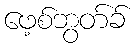
ဖေ့စ်ဘွတ်ခ်